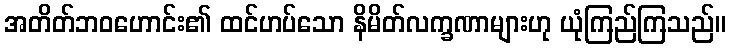
အတိတ်ဘဝဟောင်း၏ ထင်ဟပ်သော နိမိတ်လက္ခဏာများဟု ယုံကြည်ကြသည်။